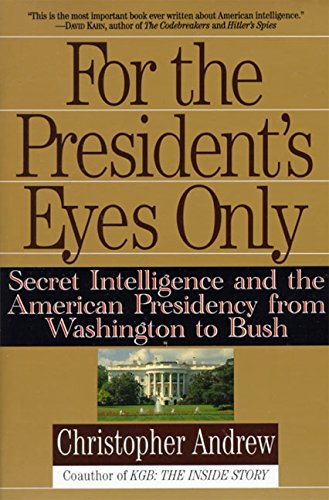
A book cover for For the President's Eyes Only: Secret Intelligence and the American Presidency from Washington to Bush; Christopher Andrew; Biographies & Memoirs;